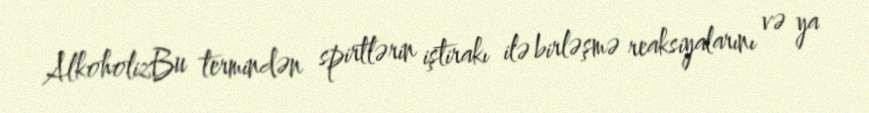
AlkoholizBu termindən spirtlərin iştirakı ilə birləşmə reaksiyalarını və ya